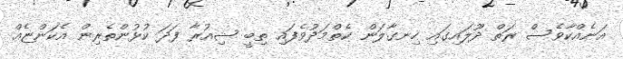
އަނެއްކާވެސް ރަތް ދޫލައިގައި ހިނގާލަން ކެތްމަދުވެފައި ތިބީ ޝިއުރާ ފަދަ ކުޅުންތެރިން އެކަންޏެއް